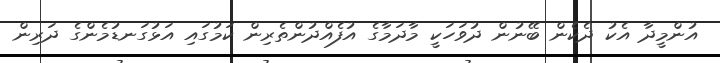
އުންމީދާ އެކު ދެކެން ބޭނުން ދުވަހަކީ މާދަމާގެ އުފެއްދުންތެރިން ކަމުގައި އަޅުގަނޑުމެންގެ ދަރިން